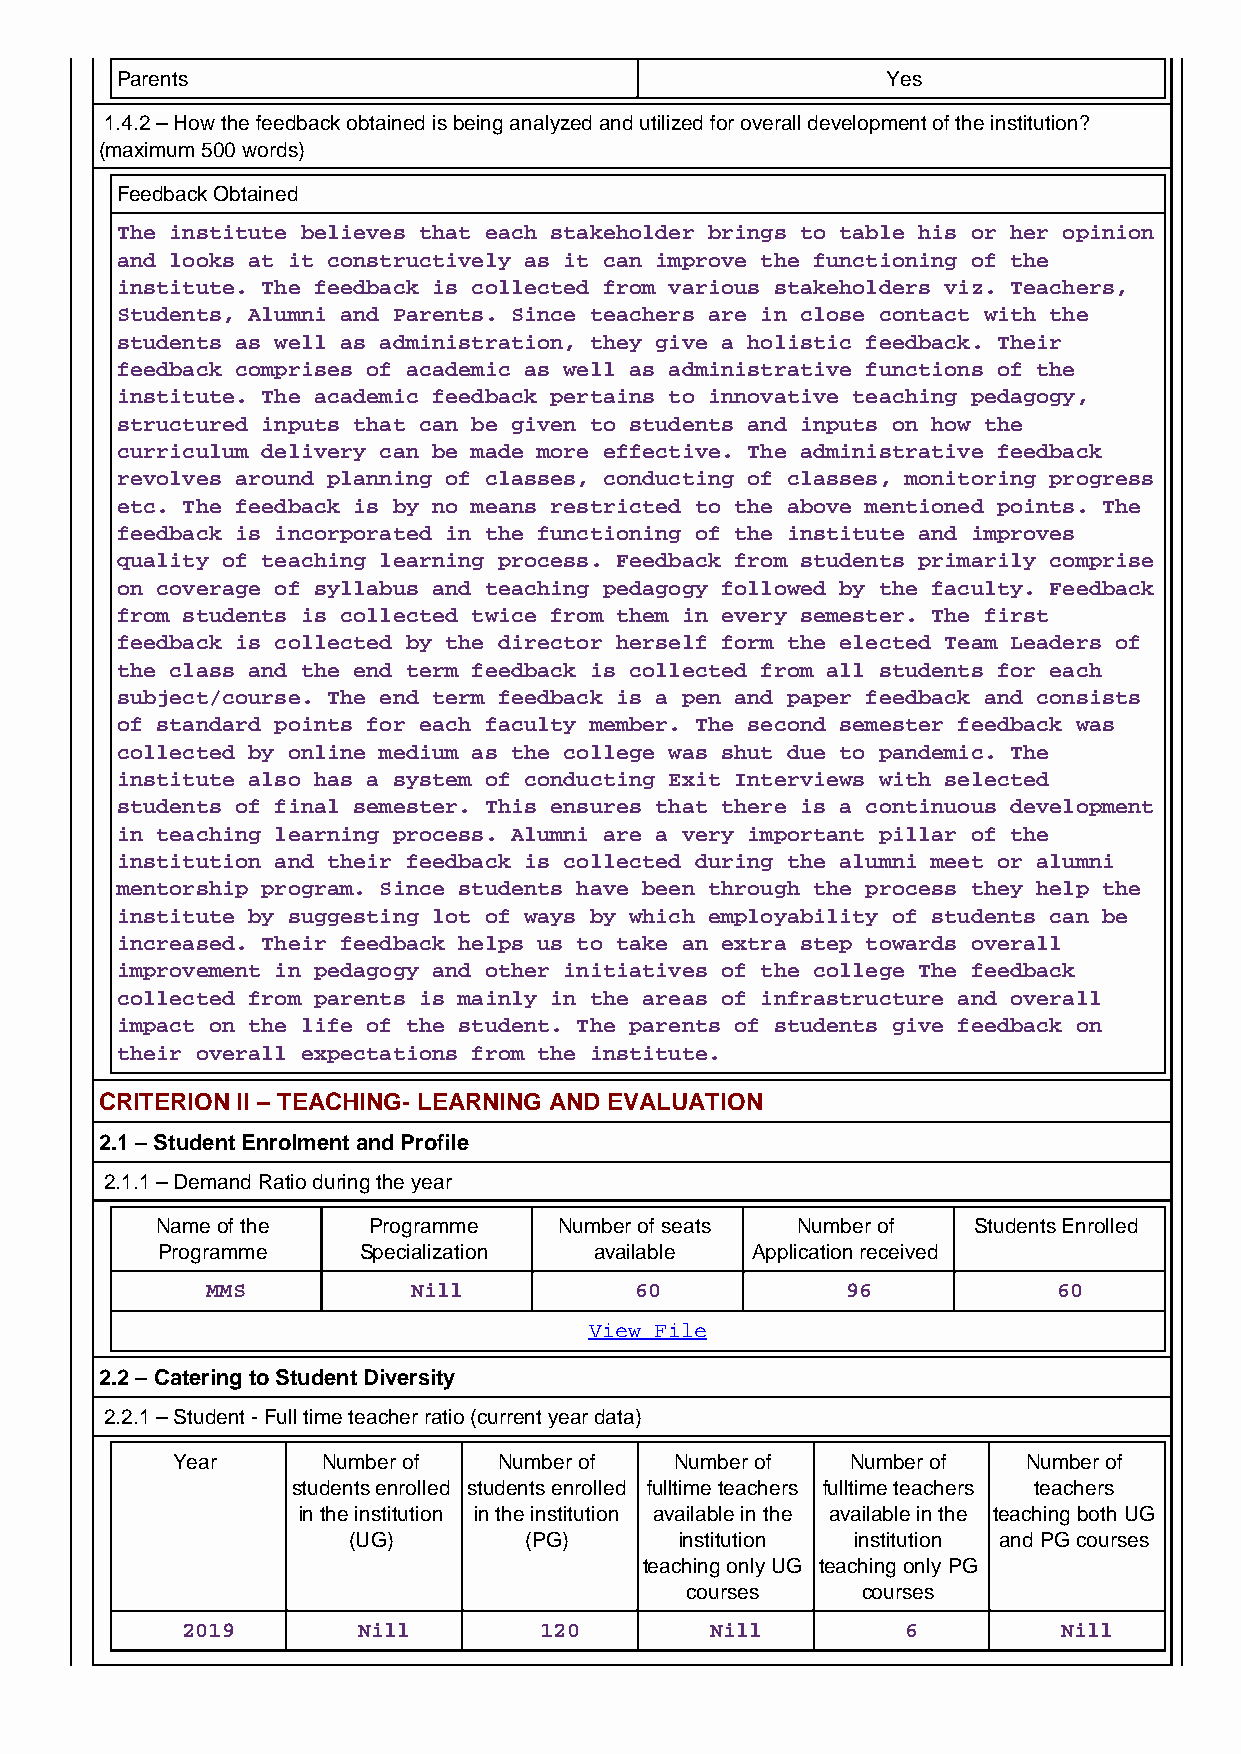
Parents                                            Yes
 1.4.2 – How the feedback obtained is being analyzed and utilized for overall development of the institution?
 (maximum 500 words)
 Feedback Obtained
 The institute believes that each stakeholder brings to table his or her opinion
 and looks at it constructively as it can improve the functioning of the
 institute. The feedback is collected from various stakeholders viz. Teachers,
 Students, Alumni and Parents. Since teachers are in close contact with the
 students as well as administration, they give a holistic feedback. Their
 feedback comprises of academic as well as administrative functions of the
 institute. The academic feedback pertains to innovative teaching pedagogy,
 structured inputs that can be given to students and inputs on how the
 curriculum delivery can be made more effective. The administrative feedback
 revolves around planning of classes, conducting of classes, monitoring progress
 etc. The feedback is by no means restricted to the above mentioned points. The
 feedback is incorporated in the functioning of the institute and improves
 quality of teaching learning process. Feedback from students primarily comprise
 on coverage of syllabus and teaching pedagogy followed by the faculty. Feedback
 from students is collected twice from them in every semester. The first
 feedback is collected by the director herself form the elected Team Leaders of
 the class and the end term feedback is collected from all students for each
 subject/course. The end term feedback is a pen and paper feedback and consists
 of standard points for each faculty member. The second semester feedback was
 collected by online medium as the college was shut due to pandemic. The
 institute also has a system of conducting Exit Interviews with selected
 students of final semester. This ensures that there is a continuous development
 in teaching learning process. Alumni are a very important pillar of the
 institution and their feedback is collected during the alumni meet or alumni
 mentorship program. Since students have been through the process they help the
 institute by suggesting lot of ways by which employability of students can be
 increased. Their feedback helps us to take an extra step towards overall
 improvement in pedagogy and other initiatives of the college The feedback
 collected from parents is mainly in the areas of infrastructure and overall
 impact on the life of the student. The parents of students give feedback on
 their overall expectations from the institute.
 CRITERION II – TEACHING- LEARNING AND EVALUATION
 2.1 – Student Enrolment and Profile
 2.1.1 – Demand Ratio during the year
 Name of the   Programme    Number of seats Number of  Students Enrolled
 Programme     Specialization available  Application received
 MMS          Nill           60            96            60
 View File
 2.2 – Catering to Student Diversity
 2.2.1 – Student - Full time teacher ratio (current year data)
 Year      Number of   Number of   Number of  Number of   Number of
 students enrolled students enrolled fulltime teachers fulltime teachers teachers
 in the institution in the institution available in the available in the teaching both UG
 (UG)        (PG)      institution institution and PG courses
 teaching only UG teaching only PG
 courses     courses
 2019        Nill        120        Nill         6         Nill